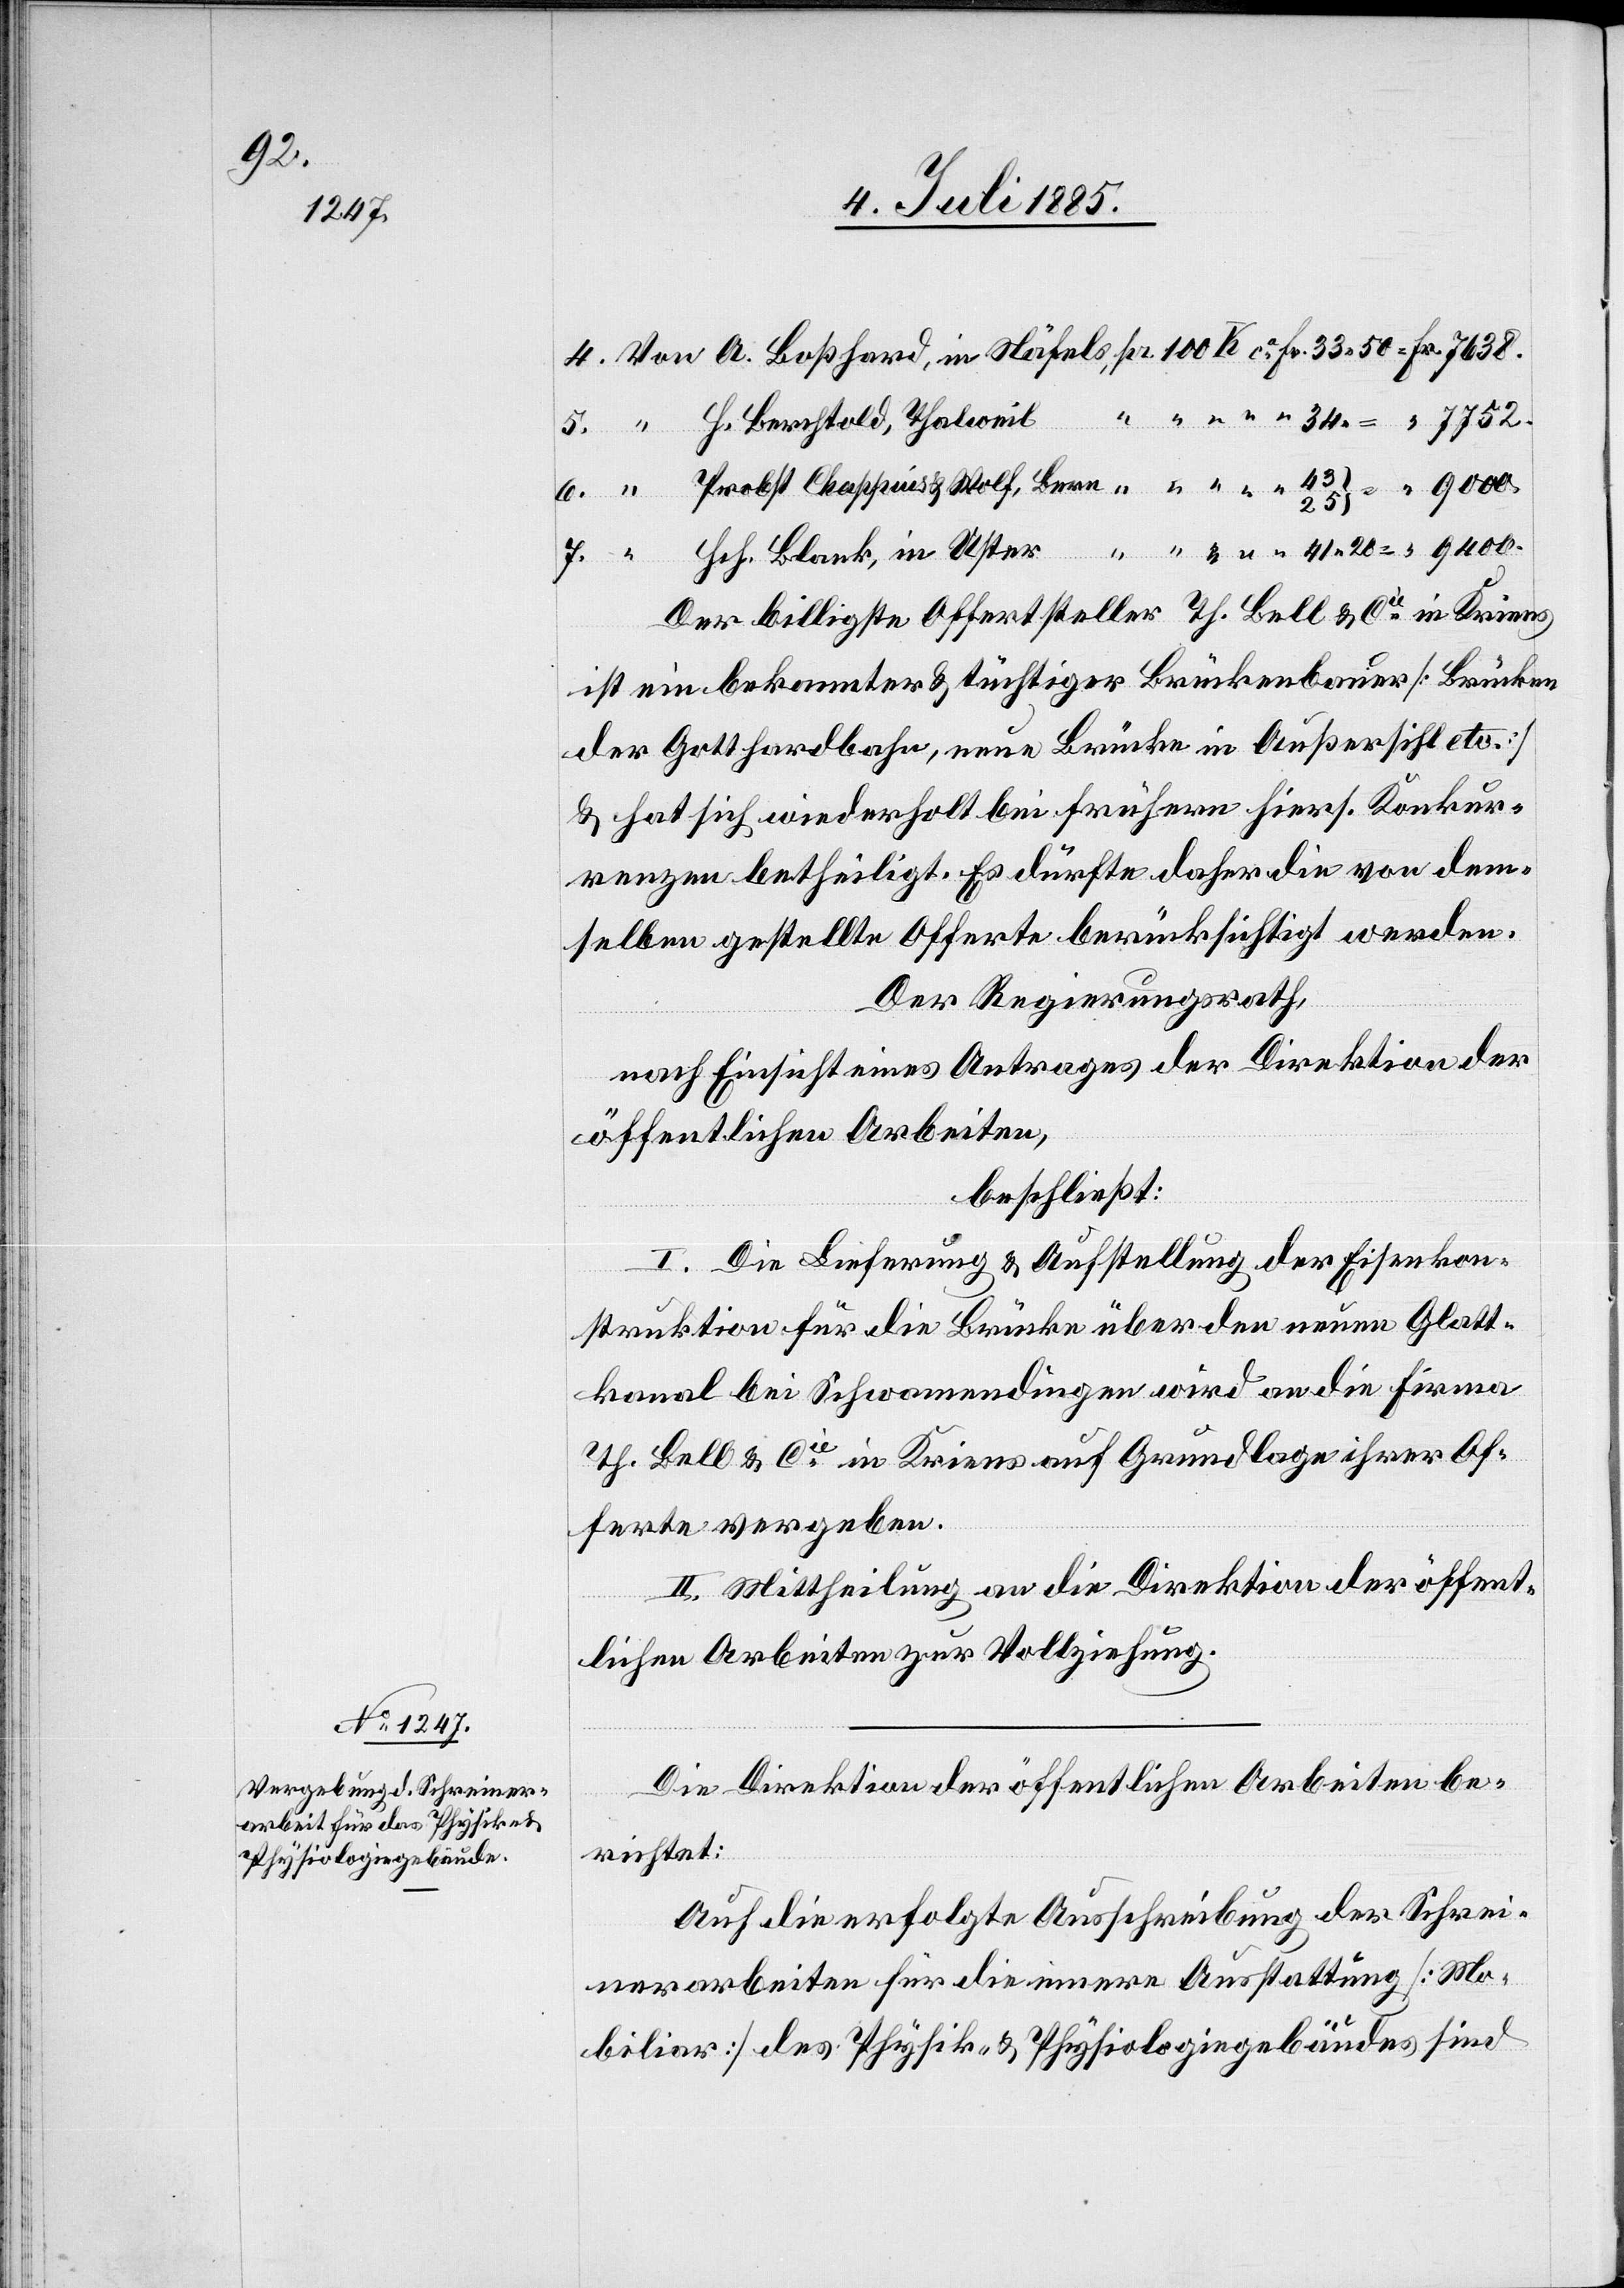
43

Hch. Blank, in Uster
Der billigste Offertsteller Th. Bell & Cie in Kriens
ist ein bekannter & tüchtiger Brückenbauer [Brücken
der Gotthardbahn, neue Brücke in Außersihl etc.]
& hat sich wiederholt bei frühern hiers. Konkur¬
renzen betheiligt. Es dürfte daher die von dem¬
selben gestellte Offerte berücksichtigt werden.
Der Regierungsrath,
nach Einsicht eines Antrages der Direktion der
öffentlichen Arbeiten,
beschließt:
I. Die Lieferung & Aufstellung der Eisenkon¬
struktion für die Brücke über den neuen Glatt¬
kanal bei Schwamendingen wird an die Firma
Th. Bell & Cie in Kriens auf Grundlage ihrer Of¬
ferte vergeben.
II. Mittheilung an die Direktion der öffent¬
7.
lichen Arbeiten zur Vollziehung.
Die Direktion der öffentlichen Arbeiten be¬
richtet:
Auf die erfolgte Ausschreibung der Schrei¬
nerarbeiten für die innere Ausstattung [Mo¬
biliar] des Physik- & Physiologiegebäudes sind